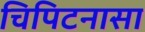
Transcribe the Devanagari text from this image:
चिपिटनासा